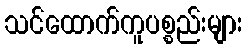
သင်ထောက်ကူပစ္စည်းများ